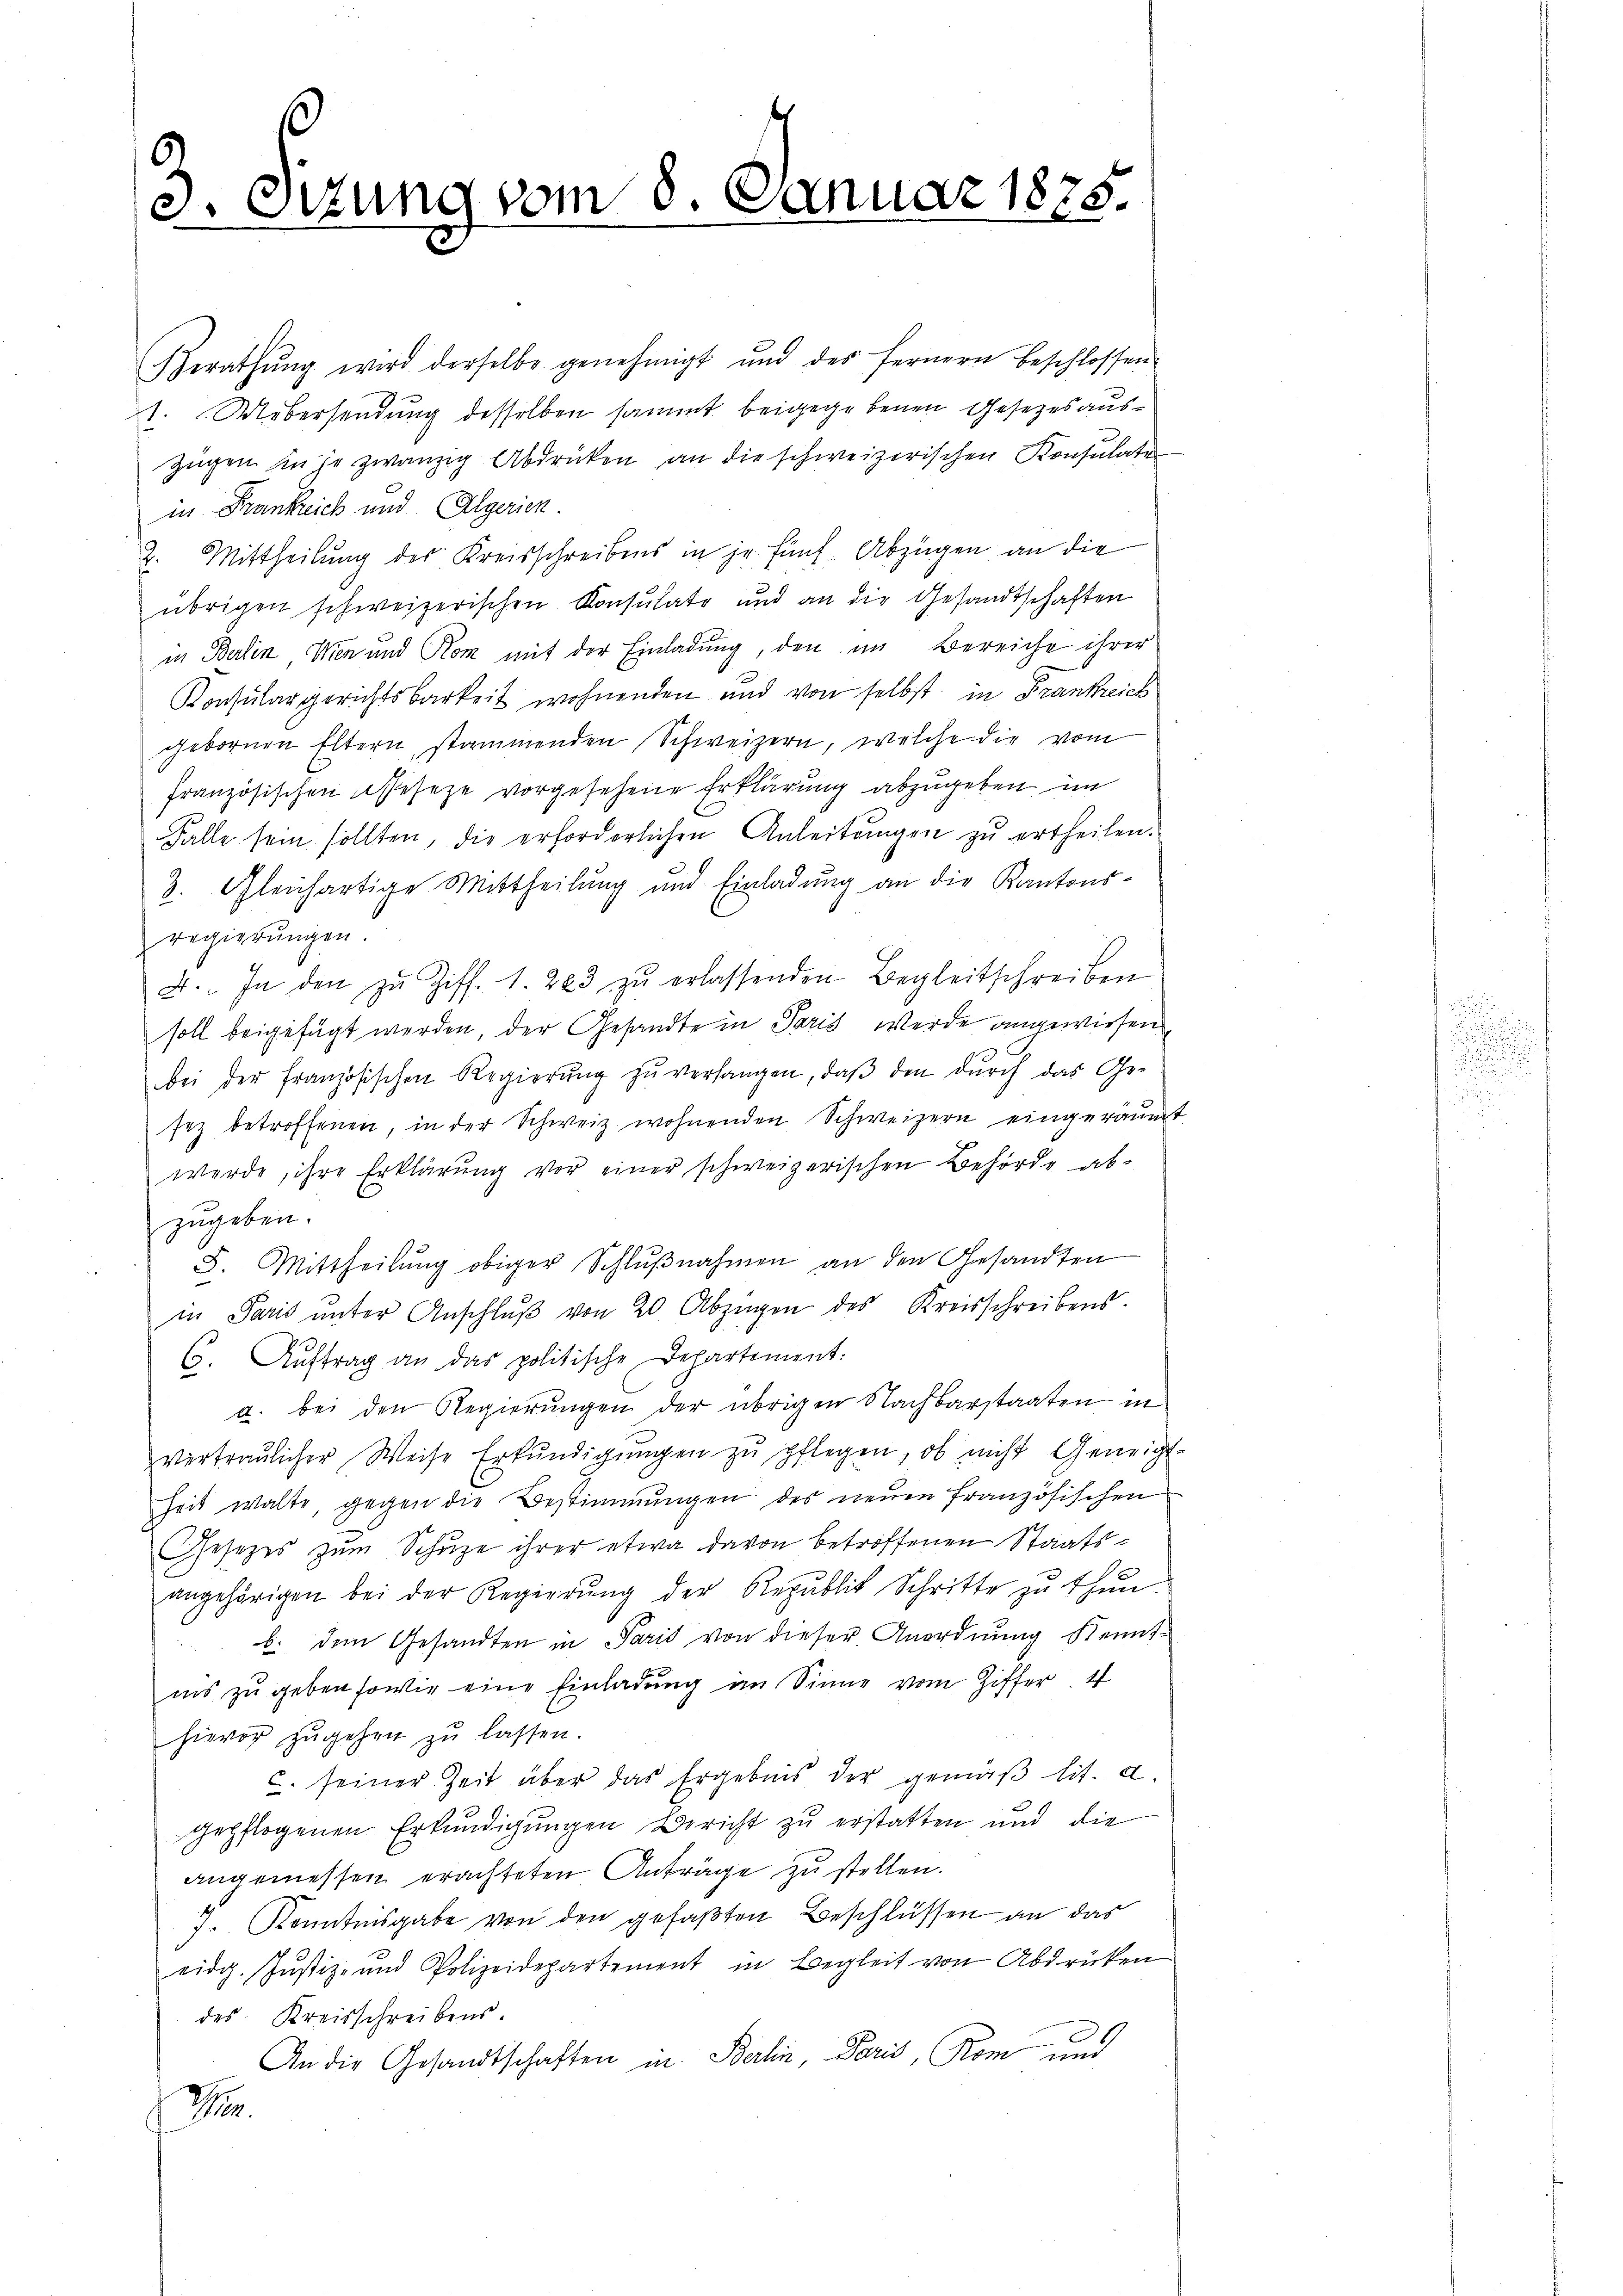
d. Ottung vom 8. Januar 1875.

Gerathŭng wird derselbe genehmigt und des fernern beschlossen
1. Uebersendung desselben sammt beigegebenen Gesetzes aus¬
Zügen in je zwanzig Abdrücken an die schweizerischen Konsulater
in Frankreich und Algerien
2. Mittheilung des Kreisschreibens in je fünf. Abzügen an die
übrigen schweizerischen Konsulate und an die Gesandtschaften
in Berlin Wien und Rom mit der Einladung, den im Bereiche ihrer
Konsulargerichtsbarkeit wohnenden und von selbst in Frankreich
gebornen Eltern, stammenden Schweizern, welche die vom
französischen Asseseze vorgesehene Erklärung abzugeben, im
Falle sein sollten, die erforderlichen Anleitungen zu ertheilen.
3. Gleichartige Mittheilŭng und Einladŭng an die Kantons-
regierŭngen.
4. In den zŭ Ziff. 1. 283 zŭ erlassenden Begleitschreiben
soll beigefügt werden, der Gesandte in Paris werde angewiesen
bei der französischen Regierŭng zŭ verlangen, daβ den dŭrch das Ge-
sez betroffenen, in der Schweiz wohnenden Schweizern eingeräume
werde, ihre Erklärung vor einer schweizerischen Behörde abzugeben.
5. Mittheilŭng obiger Schlŭβnahmen an den Gesandten
in Paris ŭnter Anschlŭβ von 20 Abzügen des Kreisschreibens.
6. Auftrag an das politische Departement:
a. bei den Regierŭngen der übrigen Nachbarstaaten in
vertraulicher Weise Erkŭndigŭngen zŭ pflegen, ob nicht Geneig
heit walte, gegen die Bestimmungen des neuen französischen
Gesetzes zum Schuze ihrer etwa davon betroffenen Staatsangehörigen bei der Regierŭng der Republik Schritte zŭ thŭn.
b. den Gesandten in Paris von dieser Anordnung Kennt-
ins zu geben sowie eine Einladung im Sinne vom Ziffer 4
hievor zŭgehen zŭ lassen.
c. seiner Zeit über das Ergebnis der gemäβ lit. a.
gepflogenen Erkundigungen Bericht zu erstatten und die
angemessen erachteten Anträge zu stellen.
7. Kenntnisgabe von den gefaßten Beschlüssen an das
ridg. Justiz- und Polizeidepartement in Begleit von Abdrücken
des Kreisschreibens.
An die Gesandtschaften in Berlin, Paris, Rom und
3

4